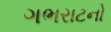
ગભરાટનો